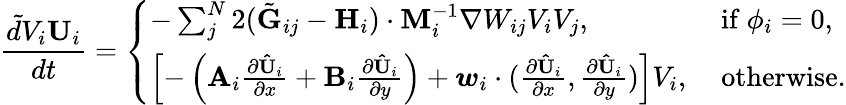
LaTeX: \frac{\tilde{d}V_{i}\mathbf{U}_{i}}{dt}=\left\{ \begin{array}{ll}{-\sum_{j}^{N}2(\tilde{\mathbf{G}}_{ij}-\mathbf{H}_{i})\cdot\mathbf{M}_{i}^{-1}\nabla W_{ij}V_{i}V_{j},}&{\mathrm{~if~}\phi_{i}=0,}\\ {\left[-\left(\mathbf{A}_{i}\frac{\partial{\mathbf{\hat{U}}_{i}}}{\partial x}+\mathbf{B}_{i}\frac{\partial{\mathbf{\hat{U}}_{i}}}{\partial y}\right)+\boldsymbol{w}_{i}\cdot(\frac{\partial{\mathbf{\hat{U}}_{i}}}{\partial x},\frac{\partial{\mathbf{\hat{U}}_{i}}}{\partial y})\right]V_{i},}&{\mathrm{~otherwise.}}\end{array}\right.